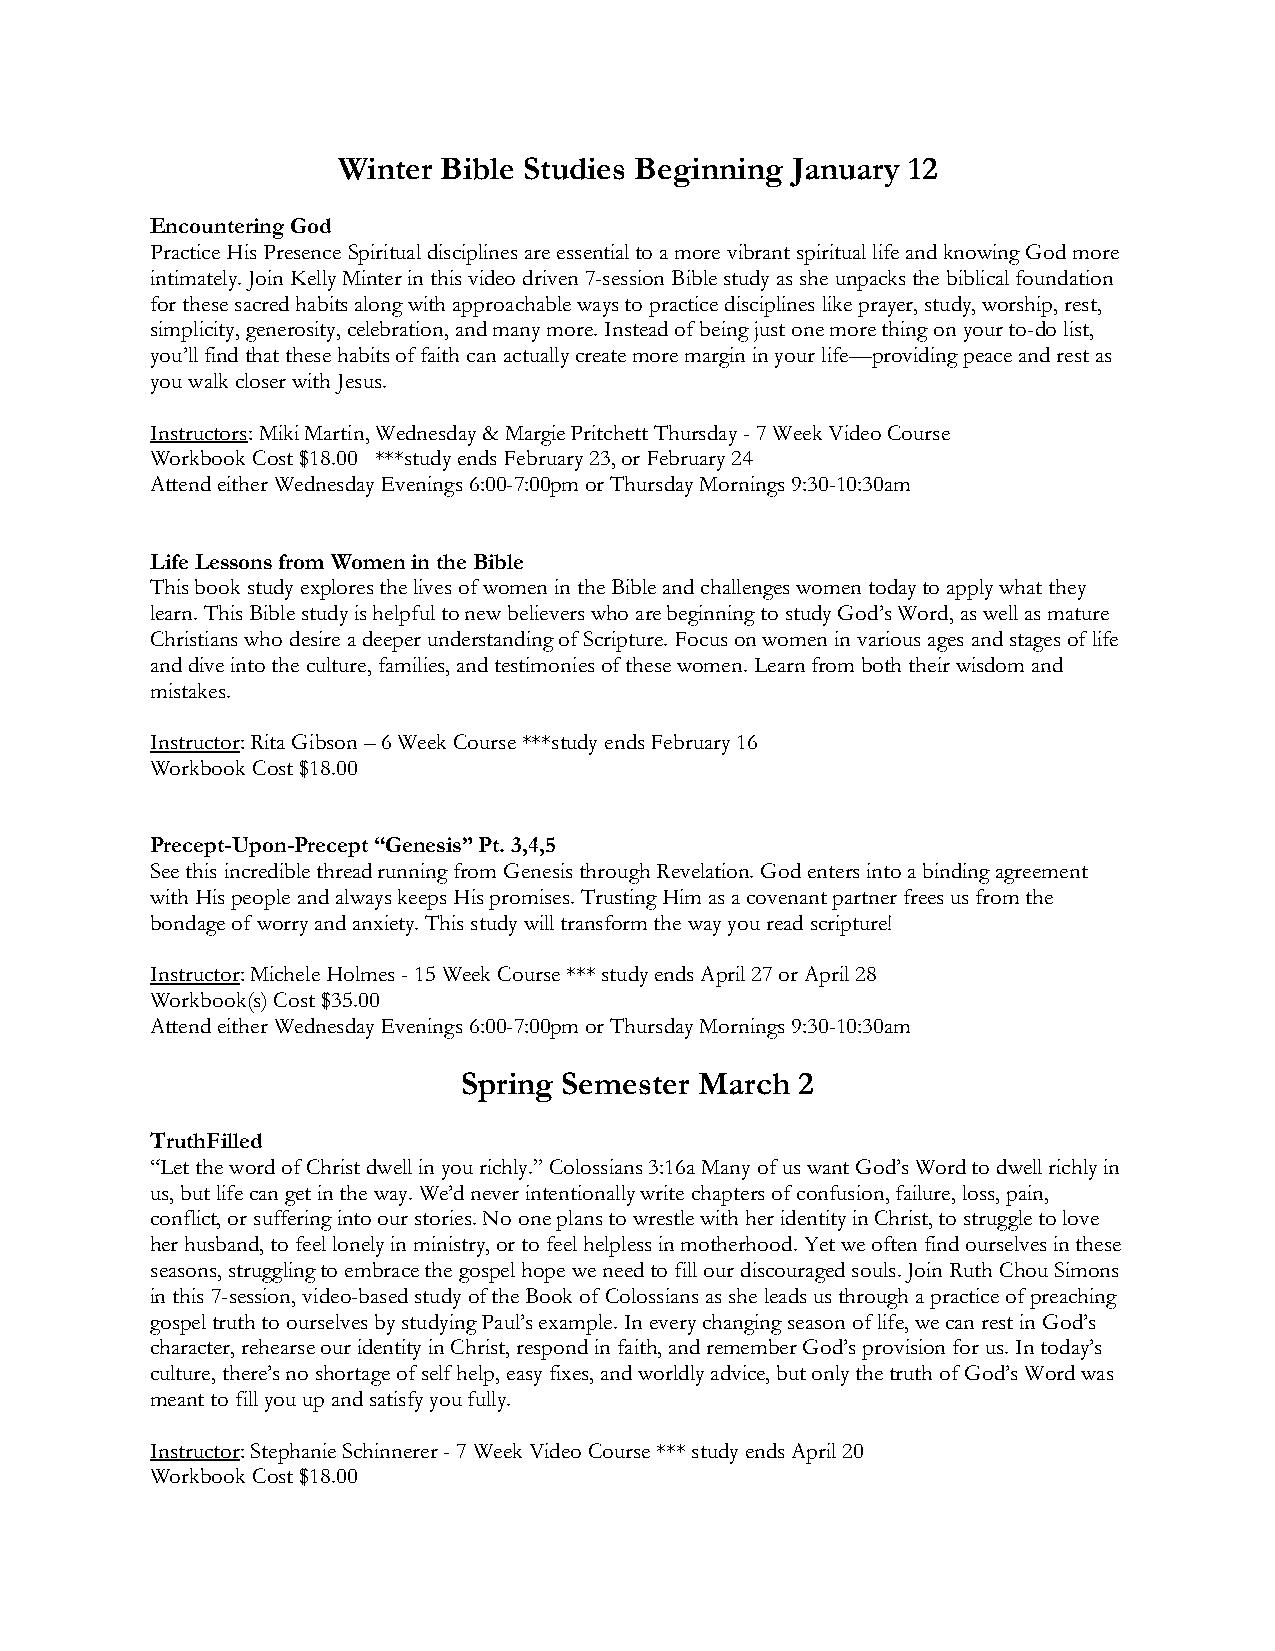
Winter Bible Studies Beginning January 12
 Encountering God
 Practice His Presence Spiritual disciplines are essential to a more vibrant spiritual life and knowing God more
 intimately. Join Kelly Minter in this video driven 7-session Bible study as she unpacks the biblical foundation
 for these sacred habits along with approachable ways to practice disciplines like prayer, study, worship, rest,
 simplicity, generosity, celebration, and many more. Instead of being just one more thing on your to-do list,
 you’ll find that these habits of faith can actually create more margin in your life—providing peace and rest as
 you walk closer with Jesus.
 Instructors: Miki Martin, Wednesday & Margie Pritchett Thursday - 7 Week Video Course
 Workbook Cost $18.00 ***study ends February 23, or February 24
 Attend either Wednesday Evenings 6:00-7:00pm or Thursday Mornings 9:30-10:30am
 Life Lessons from Women in the Bible
 This book study explores the lives of women in the Bible and challenges women today to apply what they
 learn. This Bible study is helpful to new believers who are beginning to study God’s Word, as well as mature
 Christians who desire a deeper understanding of Scripture. Focus on women in various ages and stages of life
 and dive into the culture, families, and testimonies of these women. Learn from both their wisdom and
 mistakes.
 Instructor: Rita Gibson – 6 Week Course ***study ends February 16
 Workbook Cost $18.00
 Precept-Upon-Precept “Genesis” Pt. 3,4,5
 See this incredible thread running from Genesis through Revelation. God enters into a binding agreement
 with His people and always keeps His promises. Trusting Him as a covenant partner frees us from the
 bondage of worry and anxiety. This study will transform the way you read scripture!
 Instructor: Michele Holmes - 15 Week Course *** study ends April 27 or April 28
 Workbook(s) Cost $35.00
 Attend either Wednesday Evenings 6:00-7:00pm or Thursday Mornings 9:30-10:30am
 Spring Semester March 2
 TruthFilled
 “Let the word of Christ dwell in you richly.” Colossians 3:16a Many of us want God’s Word to dwell richly in
 us, but life can get in the way. We’d never intentionally write chapters of confusion, failure, loss, pain,
 conflict, or suffering into our stories. No one plans to wrestle with her identity in Christ, to struggle to love
 her husband, to feel lonely in ministry, or to feel helpless in motherhood. Yet we often find ourselves in these
 seasons, struggling to embrace the gospel hope we need to fill our discouraged souls. Join Ruth Chou Simons
 in this 7-session, video-based study of the Book of Colossians as she leads us through a practice of preaching
 gospel truth to ourselves by studying Paul’s example. In every changing season of life, we can rest in God’s
 character, rehearse our identity in Christ, respond in faith, and remember God’s provision for us. In today’s
 culture, there’s no shortage of self help, easy fixes, and worldly advice, but only the truth of God’s Word was
 meant to fill you up and satisfy you fully.
 Instructor: Stephanie Schinnerer - 7 Week Video Course *** study ends April 20
 Workbook Cost $18.00